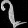
Digit: ၇